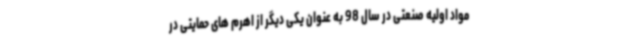
مواد اولیه صنعتی در سال 98 به عنوان یکی دیگر از اهرم های حمایتی در